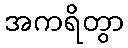
အကရိတွာ